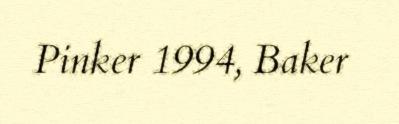
Pinker 1994, Baker